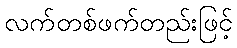
လက်တစ်ဖက်တည်းဖြင့်